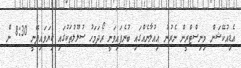
އެޑިއުކޭޝަން މިނިސްޓްރީން ނެރުނު އިއުލާނެއްގައި ބުނެފައިވަނީ ރޯދަމަހު ސުލޫލުތަކުގައި ކިޔަވައިދޭނީ 8:30 ން